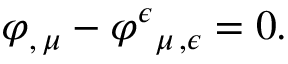
\varphi _ { , \, \mu } - \varphi ^ { \epsilon } { } _ { \mu \, , \epsilon } = 0 .